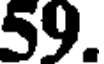
59.